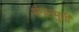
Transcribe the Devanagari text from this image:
मंगलमुर्ती